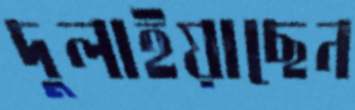
দুলাইয়াছেন